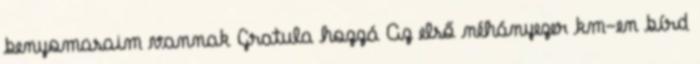
benyomasaim vannak Gratula hozzá Az első néhányezer km-en bírd